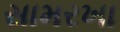
સામરખા